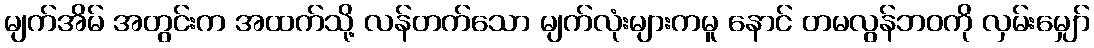
မျက်အိမ် အတွင်းက အထက်သို့ လန်တက်သော မျက်လုံးများကမူ နောင် တမလွန်ဘဝကို လှမ်းမျှော်